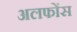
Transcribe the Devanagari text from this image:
अलफोंस